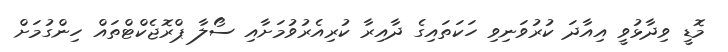
މޮޑީ ވިދާޅުވީ އިއާދަ ކުރުވަނިވި ހަކަތައިގެ ދާއިރާ ކުރިއެރުވުމަށާއި ސޯލާ ޕްރޮޖެކްޓްތައް ހިންގުމަށް